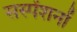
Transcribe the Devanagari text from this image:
सस्पेंशनों